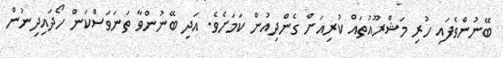
ބޭނުންވެފައި ހުރި މަޝްރޫއުތައް ކުރިއަށް ގެންދިއުން ކަމަށެވެ. އަދި ބޭނުންވާ ތަނަވަސްކަން ހޯދައިދިނުން